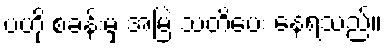
ဗဟို စခန်းမှ အမြဲ သတိပေး နေရသည်။